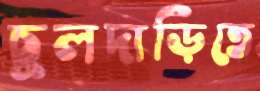
চুলদাড়িতে